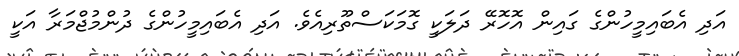
އަދި އެބައިމީހުންގެ ގައިން އޮހޮރޭ ދަލަކީ ގޮމަކަސްތޫރިއެވެ. އަދި އެބައިމީހުންގެ ދުންމުޖްމަރާ އަކީ